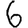
Digit: 6